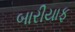
બારીયાફ